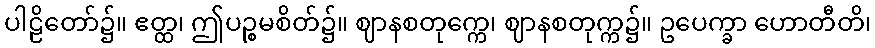
ပါဠိတော်၌။ ဧတ္ထ၊ ဤပဉ္စမစိတ်၌။ ဈာနစတုက္ကေ၊ ဈာနစတုက္က၌။ ဥပေက္ခာ ဟောတီတိ၊